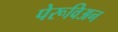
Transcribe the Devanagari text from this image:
पेरूविअन